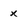
Character: x